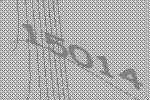
15014